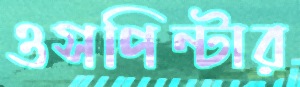
ওসপিন্টার